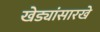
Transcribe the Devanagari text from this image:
खेड्यांसारखे